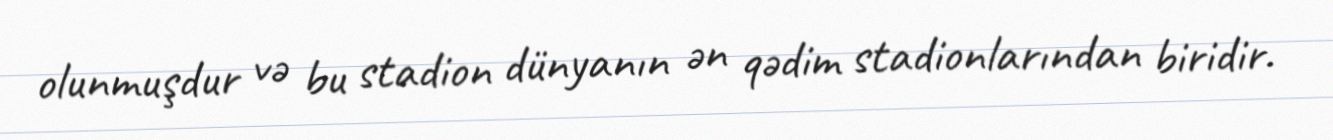
olunmuşdur və bu stadion dünyanın ən qədim stadionlarından biridir.